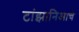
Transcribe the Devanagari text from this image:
टांझानिआचे